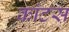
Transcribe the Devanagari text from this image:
कांटस